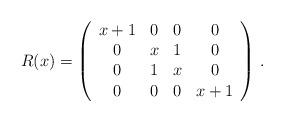
LaTeX: \begin{align*} {R}(x)=\left(\begin{array}{cccc} x+1&0&0&0\\ 0&x&1&0\\ 0&1&x&0\\ 0&0&0&x+1 \end{array} \right)\,.\end{align*}